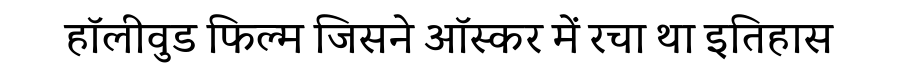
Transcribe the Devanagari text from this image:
हॉलीवुड फिल्म जिसने ऑस्कर में रचा था इतिहास